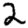
Digit: 2